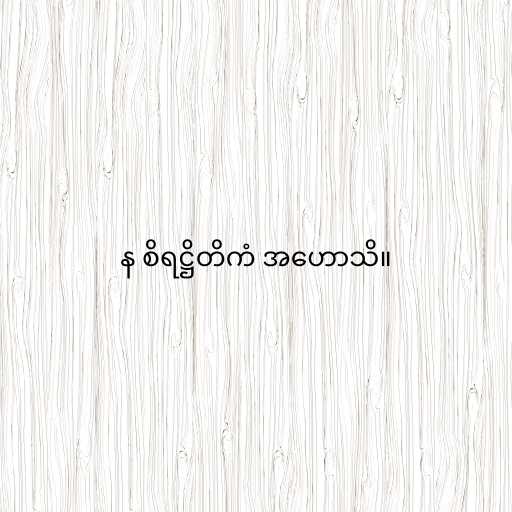
န စိရဋ္ဌိတိကံ အဟောသိ။